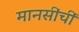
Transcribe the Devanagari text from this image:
मानसींचीं